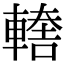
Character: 𨎈